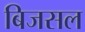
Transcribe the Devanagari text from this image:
बिजसल